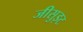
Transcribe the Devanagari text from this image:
जीसुइट